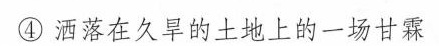
④洒落在久旱的土地上的一场甘霖